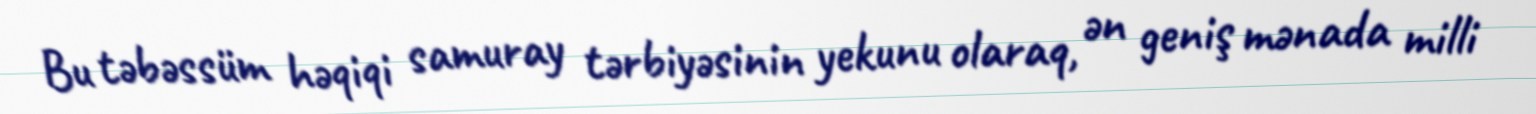
Bu təbəssüm həqiqi samuray tərbiyəsinin yekunu olaraq, ən geniş mənada milli